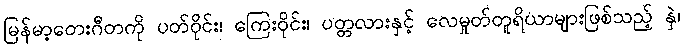
မြန်မာ့တေးဂီတကို ပတ်ဝိုင်း၊ ကြေးဝိုင်း၊ ပတ္တလားနှင့် လေမှုတ်တူရိယာများဖြစ်သည့် နှဲ၊